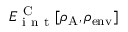
E _ { \mathrm { ~ i ~ n ~ t ~ } } ^ { \mathrm { ~ C ~ } } [ \rho _ { \mathrm { A } } , \rho _ { \mathrm { e n v } } ]